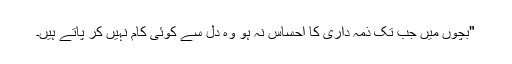
"بچوں میں جب تک ذمہ داری کا احساس نہ ہو وہ دِل سے کوئی کام نہیں کر پاتے ہیں۔